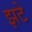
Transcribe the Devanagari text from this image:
झटे